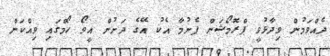
ދެއްވަމުން ވިދާޅުވީ ޕްރޮމޯޝަން ފެށުމާ އެކު އޭގެ ދަށުން އީވޯ ހޯމްގައި ވިއްކަން